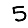
Digit: 5